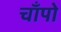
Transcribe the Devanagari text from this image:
चाँपो